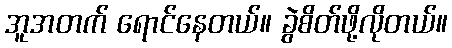
အူအတက် ရောင်နေတယ်။ ခွဲစိတ်ဖို့လိုတယ်။